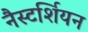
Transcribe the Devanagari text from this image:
नैस्टर्शियन